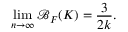
\operatorname* { l i m } _ { n \rightarrow \infty } \mathcal { B } _ { F } ( K ) = \frac { 3 } { 2 k } .